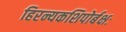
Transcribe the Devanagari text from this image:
हिरन्यकशिपोर्बक्षः